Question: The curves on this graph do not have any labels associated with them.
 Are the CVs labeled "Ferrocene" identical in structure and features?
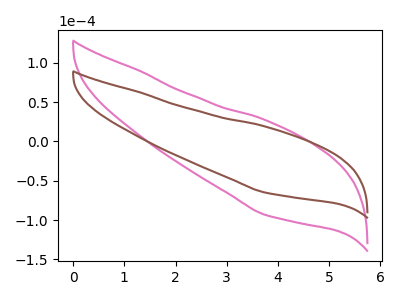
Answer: <think>The pink curve "pink" has no peaks. The brown curve "brown" has no peaks.
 Neither "pink" or "brown" have any peaks.</think>
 <answer>All the CV's of "Ferrocene" have similar shape.</answer>
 <eval>follow_rule</eval>